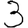
Digit: 3